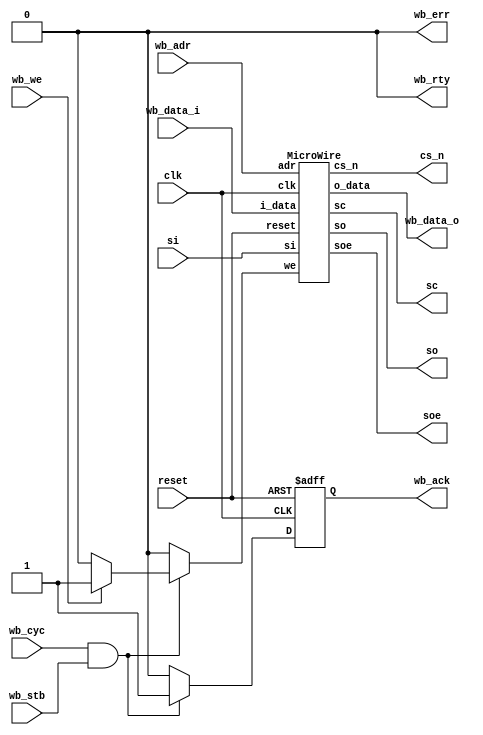
// Generator : SpinalHDL v1.4.3    git head : adf552d8f500e7419fff395b7049228e4bc5de26
// Component : MicroWireWishbone
// Git hash  : e03a66e8f94607b5b85df824187b35e3c8c2028f


`define fsm_enumDefinition_binary_sequential_type [2:0]
`define fsm_enumDefinition_binary_sequential_fsm_BOOT 3'b000
`define fsm_enumDefinition_binary_sequential_fsm_Idle 3'b001
`define fsm_enumDefinition_binary_sequential_fsm_Send 3'b010
`define fsm_enumDefinition_binary_sequential_fsm_SendFinish 3'b011
`define fsm_enumDefinition_binary_sequential_fsm_RecvFinish 3'b100
`define fsm_enumDefinition_binary_sequential_fsm_Recv 3'b101


module MicroWireWishbone (
  input      [1:0]    wb_adr,
  input      [7:0]    wb_data_i,
  output     [7:0]    wb_data_o,
  input               wb_we,
  input               wb_stb,
  input               wb_cyc,
  output              wb_ack,
  output              wb_err,
  output              wb_rty,
  input               si,
  output              so,
  output              soe,
  output              sc,
  output              cs_n,
  input               clk,
  input               reset
);
  reg                 _zz_1;
  wire       [7:0]    mw_o_data;
  wire                mw_so;
  wire                mw_soe;
  wire                mw_sc;
  wire                mw_cs_n;
  wire                _zz_2;
  reg                 ack;

  assign _zz_2 = ((wb_cyc == 1'b1) && (wb_stb == 1'b1));
  MicroWire mw (
    .we        (_zz_1           ), //i
    .adr       (wb_adr[1:0]     ), //i
    .i_data    (wb_data_i[7:0]  ), //i
    .o_data    (mw_o_data[7:0]  ), //o
    .si        (si              ), //i
    .so        (mw_so           ), //o
    .soe       (mw_soe          ), //o
    .sc        (mw_sc           ), //o
    .cs_n      (mw_cs_n         ), //o
    .clk       (clk             ), //i
    .reset     (reset           )  //i
  );
  assign wb_err = 1'b0;
  assign wb_rty = 1'b0;
  assign so = mw_so;
  assign soe = mw_soe;
  assign sc = mw_sc;
  assign cs_n = mw_cs_n;
  assign wb_ack = ack;
  assign wb_data_o = mw_o_data;
  always @ (*) begin
    _zz_1 = 1'b0;
    if(_zz_2)begin
      if((wb_we == 1'b1))begin
        _zz_1 = wb_we;
      end
    end
  end

  always @ (posedge clk or posedge reset) begin
    if (reset) begin
      ack <= 1'b0;
    end else begin
      ack <= 1'b0;
      if(_zz_2)begin
        ack <= 1'b1;
      end
    end
  end


endmodule

module MicroWire (
  input               we,
  input      [1:0]    adr,
  input      [7:0]    i_data,
  output reg [7:0]    o_data,
  input               si,
  output              so,
  output              soe,
  output              sc,
  output              cs_n,
  input               clk,
  input               reset
);
  wire                _zz_1;
  wire                _zz_2;
  wire                _zz_3;
  wire                _zz_4;
  wire                _zz_5;
  wire                _zz_6;
  wire                _zz_7;
  wire                _zz_8;
  wire                _zz_9;
  wire       [2:0]    _zz_10;
  wire       [2:0]    _zz_11;
  wire       [2:0]    _zz_12;
  wire       [2:0]    _zz_13;
  wire       [2:0]    _zz_14;
  reg        [7:0]    data;
  reg        [7:0]    status;
  reg                 prev_stb;
  reg        [15:0]   divider;
  reg        [15:0]   divider_counter;
  reg        [0:0]    clock_counter;
  reg        [2:0]    bit_counter;
  wire                cs;
  reg                 so_1;
  wire                fsm_wantExit;
  reg                 fsm_wantStart;
  reg        `fsm_enumDefinition_binary_sequential_type fsm_stateReg;
  reg        `fsm_enumDefinition_binary_sequential_type fsm_stateNext;
  `ifndef SYNTHESIS
  reg [111:0] fsm_stateReg_string;
  reg [111:0] fsm_stateNext_string;
  `endif


  assign _zz_1 = (((status[4] == 1'b1) && (prev_stb == 1'b0)) && (status[2] == 1'b0));
  assign _zz_2 = (status[0] == 1'b1);
  assign _zz_3 = (divider <= divider_counter);
  assign _zz_4 = (clock_counter == 1'b0);
  assign _zz_5 = (divider <= divider_counter);
  assign _zz_6 = (divider <= divider_counter);
  assign _zz_7 = (clock_counter == 1'b0);
  assign _zz_8 = (divider <= divider_counter);
  assign _zz_9 = (clock_counter == 1'b0);
  assign _zz_10 = (3'b111 - bit_counter);
  assign _zz_11 = (3'b111 - bit_counter);
  assign _zz_12 = (3'b111 - bit_counter);
  assign _zz_13 = (3'b111 - bit_counter);
  assign _zz_14 = (3'b111 - bit_counter);
  `ifndef SYNTHESIS
  always @(*) begin
    case(fsm_stateReg)
      `fsm_enumDefinition_binary_sequential_fsm_BOOT : fsm_stateReg_string = "fsm_BOOT      ";
      `fsm_enumDefinition_binary_sequential_fsm_Idle : fsm_stateReg_string = "fsm_Idle      ";
      `fsm_enumDefinition_binary_sequential_fsm_Send : fsm_stateReg_string = "fsm_Send      ";
      `fsm_enumDefinition_binary_sequential_fsm_SendFinish : fsm_stateReg_string = "fsm_SendFinish";
      `fsm_enumDefinition_binary_sequential_fsm_RecvFinish : fsm_stateReg_string = "fsm_RecvFinish";
      `fsm_enumDefinition_binary_sequential_fsm_Recv : fsm_stateReg_string = "fsm_Recv      ";
      default : fsm_stateReg_string = "??????????????";
    endcase
  end
  always @(*) begin
    case(fsm_stateNext)
      `fsm_enumDefinition_binary_sequential_fsm_BOOT : fsm_stateNext_string = "fsm_BOOT      ";
      `fsm_enumDefinition_binary_sequential_fsm_Idle : fsm_stateNext_string = "fsm_Idle      ";
      `fsm_enumDefinition_binary_sequential_fsm_Send : fsm_stateNext_string = "fsm_Send      ";
      `fsm_enumDefinition_binary_sequential_fsm_SendFinish : fsm_stateNext_string = "fsm_SendFinish";
      `fsm_enumDefinition_binary_sequential_fsm_RecvFinish : fsm_stateNext_string = "fsm_RecvFinish";
      `fsm_enumDefinition_binary_sequential_fsm_Recv : fsm_stateNext_string = "fsm_Recv      ";
      default : fsm_stateNext_string = "??????????????";
    endcase
  end
  `endif

  assign sc = clock_counter[0];
  assign soe = status[0];
  assign cs = 1'b1;
  assign cs_n = (! status[3]);
  assign so = so_1;
  always @ (*) begin
    case(adr)
      2'b00 : begin
        o_data = data;
      end
      2'b01 : begin
        o_data = status;
      end
      2'b10 : begin
        o_data = divider[7 : 0];
      end
      default : begin
        o_data = divider[15 : 8];
      end
    endcase
  end

  assign fsm_wantExit = 1'b0;
  always @ (*) begin
    fsm_wantStart = 1'b0;
    case(fsm_stateReg)
      `fsm_enumDefinition_binary_sequential_fsm_Idle : begin
      end
      `fsm_enumDefinition_binary_sequential_fsm_Send : begin
      end
      `fsm_enumDefinition_binary_sequential_fsm_SendFinish : begin
      end
      `fsm_enumDefinition_binary_sequential_fsm_RecvFinish : begin
      end
      `fsm_enumDefinition_binary_sequential_fsm_Recv : begin
      end
      default : begin
        fsm_wantStart = 1'b1;
      end
    endcase
  end

  always @ (*) begin
    fsm_stateNext = fsm_stateReg;
    case(fsm_stateReg)
      `fsm_enumDefinition_binary_sequential_fsm_Idle : begin
        if(_zz_1)begin
          if(_zz_2)begin
            fsm_stateNext = `fsm_enumDefinition_binary_sequential_fsm_Send;
          end else begin
            if((status[0] == 1'b0))begin
              fsm_stateNext = `fsm_enumDefinition_binary_sequential_fsm_Recv;
            end
          end
        end
      end
      `fsm_enumDefinition_binary_sequential_fsm_Send : begin
        if(_zz_3)begin
          if(_zz_4)begin
            if((bit_counter == 3'b111))begin
              fsm_stateNext = `fsm_enumDefinition_binary_sequential_fsm_SendFinish;
            end
          end
        end
      end
      `fsm_enumDefinition_binary_sequential_fsm_SendFinish : begin
        if(_zz_5)begin
          fsm_stateNext = `fsm_enumDefinition_binary_sequential_fsm_Idle;
        end
      end
      `fsm_enumDefinition_binary_sequential_fsm_RecvFinish : begin
        if(_zz_6)begin
          if(_zz_7)begin
            fsm_stateNext = `fsm_enumDefinition_binary_sequential_fsm_Idle;
          end
        end
      end
      `fsm_enumDefinition_binary_sequential_fsm_Recv : begin
        if(_zz_8)begin
          if(_zz_9)begin
            if((bit_counter == 3'b111))begin
              fsm_stateNext = `fsm_enumDefinition_binary_sequential_fsm_RecvFinish;
            end
          end
        end
      end
      default : begin
      end
    endcase
    if(fsm_wantStart)begin
      fsm_stateNext = `fsm_enumDefinition_binary_sequential_fsm_Idle;
    end
  end

  always @ (posedge clk or posedge reset) begin
    if (reset) begin
      data <= 8'h0;
      status <= 8'h0;
      prev_stb <= 1'b0;
      divider <= 16'h0;
      divider_counter <= 16'h0;
      clock_counter <= 1'b0;
      bit_counter <= 3'b000;
      so_1 <= 1'b0;
      fsm_stateReg <= `fsm_enumDefinition_binary_sequential_fsm_BOOT;
    end else begin
      prev_stb <= status[4];
      if((we == 1'b1))begin
        case(adr)
          2'b00 : begin
            data <= i_data;
          end
          2'b01 : begin
            status <= (i_data & 8'hfd);
          end
          2'b10 : begin
            divider[7 : 0] <= i_data;
          end
          default : begin
            divider[15 : 8] <= i_data;
          end
        endcase
      end
      fsm_stateReg <= fsm_stateNext;
      case(fsm_stateReg)
        `fsm_enumDefinition_binary_sequential_fsm_Idle : begin
          divider_counter <= 16'h0;
          bit_counter <= 3'b000;
          clock_counter <= 1'b0;
          if(_zz_1)begin
            status[1] <= 1'b1;
            if(_zz_2)begin
              so_1 <= data[_zz_10];
            end
          end
        end
        `fsm_enumDefinition_binary_sequential_fsm_Send : begin
          status[1] <= 1'b1;
          divider_counter <= (divider_counter + 16'h0001);
          if(_zz_3)begin
            clock_counter <= (clock_counter + 1'b1);
            divider_counter <= 16'h0;
            if((status[0] == 1'b1))begin
              so_1 <= data[_zz_11];
            end
            if(_zz_4)begin
              bit_counter <= (bit_counter + 3'b001);
              if((status[0] == 1'b0))begin
                data[_zz_12] <= si;
              end
            end
          end
        end
        `fsm_enumDefinition_binary_sequential_fsm_SendFinish : begin
          divider_counter <= (divider_counter + 16'h0001);
          if(_zz_5)begin
            divider_counter <= 16'h0;
            if((status[0] == 1'b1))begin
              so_1 <= data[_zz_13];
            end
            clock_counter <= 1'b0;
            status[2] <= 1'b1;
            status[1] <= 1'b0;
          end
        end
        `fsm_enumDefinition_binary_sequential_fsm_RecvFinish : begin
          divider_counter <= (divider_counter + 16'h0001);
          if(_zz_6)begin
            divider_counter <= 16'h0;
            clock_counter <= (clock_counter + 1'b1);
            if(_zz_7)begin
              clock_counter <= 1'b0;
              status[2] <= 1'b1;
              status[1] <= 1'b0;
            end
          end
        end
        `fsm_enumDefinition_binary_sequential_fsm_Recv : begin
          status[1] <= 1'b1;
          divider_counter <= (divider_counter + 16'h0001);
          if(_zz_8)begin
            clock_counter <= (clock_counter + 1'b1);
            divider_counter <= 16'h0;
            if(_zz_9)begin
              data[_zz_14] <= si;
              bit_counter <= (bit_counter + 3'b001);
            end
          end
        end
        default : begin
        end
      endcase
    end
  end


endmodule